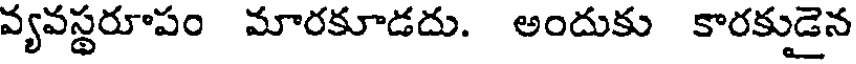
వ్యవస్థరూపం మారకూడదు. అందుకు కారకుడైన